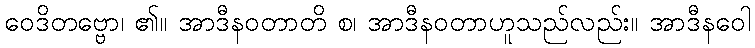
ဝေဒိတဗ္ဗော၊ ၏။ အာဒီနဝတာတိ စ၊ အာဒီနဝတာဟူသည်လည်း။ အာဒီနဝေါ